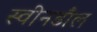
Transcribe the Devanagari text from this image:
स्वीनडौल